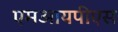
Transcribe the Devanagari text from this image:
एमआयपीएस